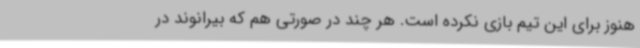
هنوز برای این تیم بازی نکرده است. هر چند در صورتی هم که بیرانوند در